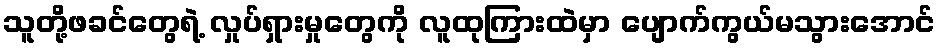
သူတို့ဖခင်တွေရဲ့ လှုပ်ရှားမှုတွေကို လူထုကြားထဲမှာ ပျောက်ကွယ်မသွားအောင်